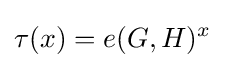
\tau (x)=e(G,H)^{x}